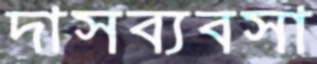
দাসব্যবসা